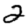
Digit: 2